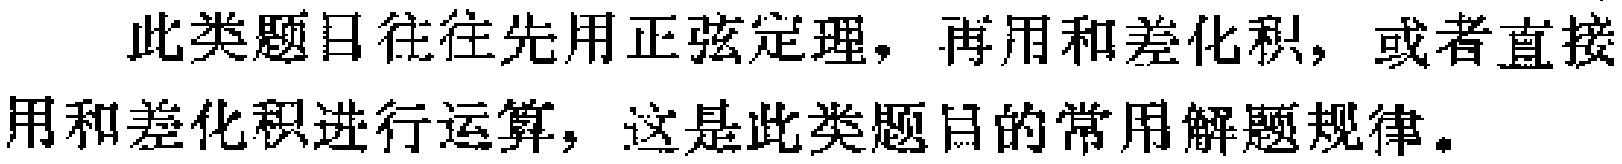
此类题目往往先用正弦定理，再用和差化积，或者直接用和差化积进行运算，这是此类题目的常用解题规律。